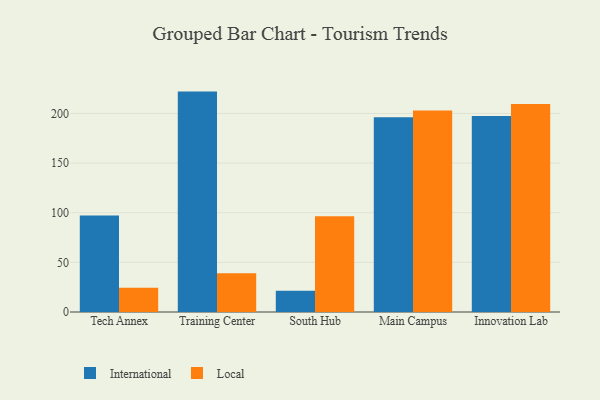
{"axis": {"x": "Campus", "y": "Tickets Resolved"}, "legend": ["International", "Local"], "data": [{"x": "Tech Annex", "y": 97.1, "type": "International"}, {"x": "Tech Annex", "y": 24.5, "type": "Local"}, {"x": "Training Center", "y": 222.0, "type": "International"}, {"x": "Training Center", "y": 39.0, "type": "Local"}, {"x": "South Hub", "y": 21.4, "type": "International"}, {"x": "South Hub", "y": 96.4, "type": "Local"}, {"x": "Main Campus", "y": 196.1, "type": "International"}, {"x": "Main Campus", "y": 203.0, "type": "Local"}, {"x": "Innovation Lab", "y": 197.4, "type": "International"}, {"x": "Innovation Lab", "y": 209.6, "type": "Local"}]}